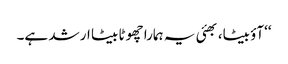
‘‘آؤ بیٹا، بھئی یہ ہمارا چھوٹا بیٹا ارشد ہے۔